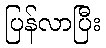
ပြန်လာပြီး